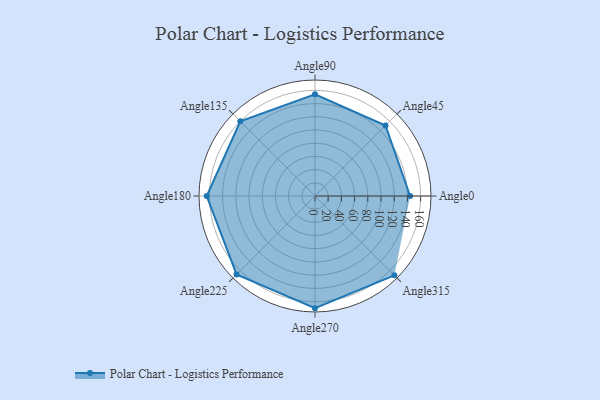
{"axis": {"x": "Angle", "y": "Radius"}, "legend": [""], "data": [{"x": "Angle0", "y": 144.0, "type": ""}, {"x": "Angle45", "y": 151.0, "type": ""}, {"x": "Angle90", "y": 154.0, "type": ""}, {"x": "Angle135", "y": 160.0, "type": ""}, {"x": "Angle180", "y": 164.0, "type": ""}, {"x": "Angle225", "y": 168.0, "type": ""}, {"x": "Angle270", "y": 170, "type": ""}, {"x": "Angle315", "y": 170, "type": ""}]}